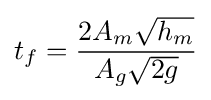
t_{f}={\frac {2A_{m}{\sqrt {h_{m}}}}{A_{g}{\sqrt {2g}}}}